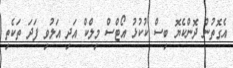
އެގޮތުން ދޮންކެޔޮ ބިސް ކުކުޅު އޯޓްސް މިލްކް އަދި އަލުވި ފަދަ ތަކެތި